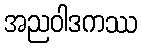
အညဝါဒကဿ